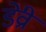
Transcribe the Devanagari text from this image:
डेव्री